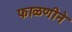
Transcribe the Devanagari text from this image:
फाळणीने